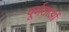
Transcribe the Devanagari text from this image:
पूर्णताओं